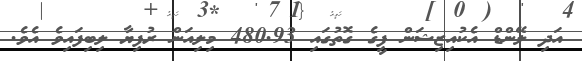
އަދި ލޭންޑް އެކުއިޒިޝަން ފީގެ ގޮތުގައި 480.93 މިލިއަން ރުފިޔާ ލިބިފައިވެ އެވެ.